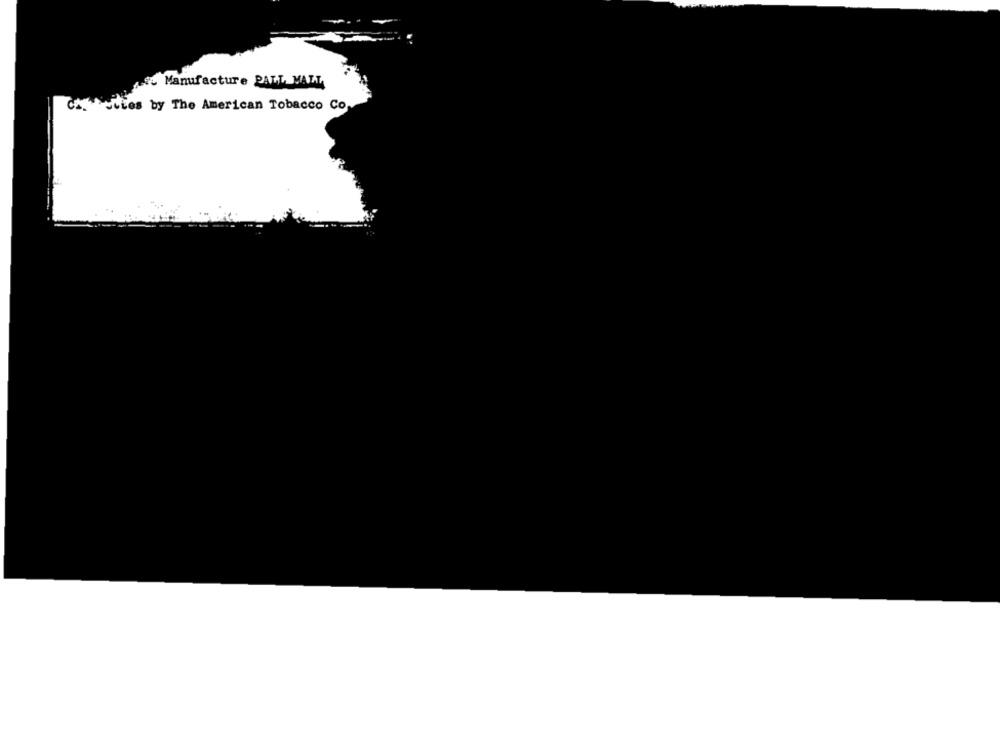
Manufacture PALL MALL
Chelles by The American Tobacco Co.